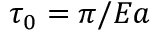
\tau _ { 0 } = \pi / E a